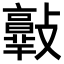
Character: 𣀦